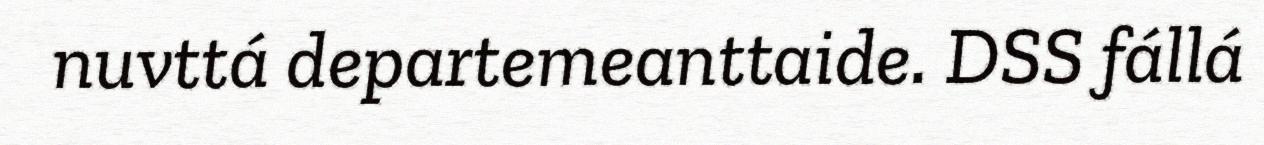
nuvttá departemeanttaide. DSS fállá